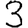
Digit: 3